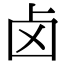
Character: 卤